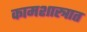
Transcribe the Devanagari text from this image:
कामशास्त्रात